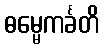
ဓမ္မေကင်္ခတိ